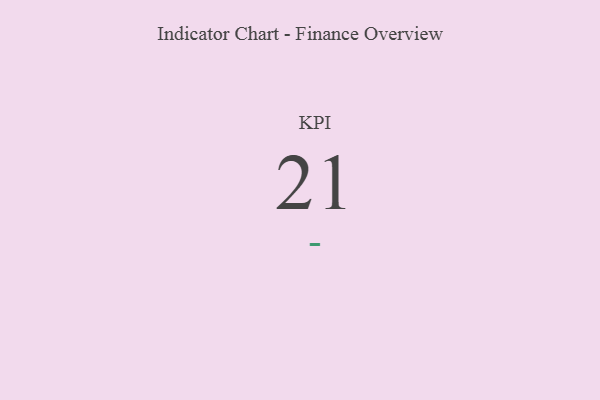
{"axis": {"x": "KPI", "y": "Value"}, "legend": [""], "data": [{"x": "KPI", "y": 21, "type": ""}]}